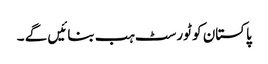
پاکستان کو ٹورسٹ ہب بنائیں گے ۔